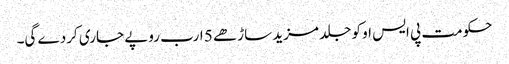
حکومت پی ایس او کو جلد مزید ساڑھے 5 ارب روپے جاری کردے گی۔